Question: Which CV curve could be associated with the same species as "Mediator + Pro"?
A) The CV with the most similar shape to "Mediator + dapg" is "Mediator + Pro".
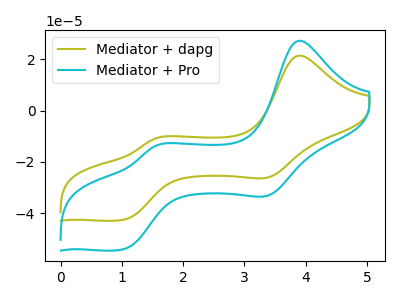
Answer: <think>The olive curve "Mediator + dapg" has anodic peaks at (3.90V, 21.50uA) (1.55V, -10.85uA) and cathodic peaks at (3.40V, -26.00uA) (1.00V, -42.60uA). The cyan curve "Mediator + Pro" has anodic peaks at (3.90V, 27.30uA) (1.55V, -13.80uA) and cathodic peaks at (3.40V, -33.00uA) (1.00V, -54.15uA).
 All the peaks in "Mediator + dapg" have a peak in "Mediator + Pro" at the same potential.</think>
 <answer>A) The CV with the most similar shape to "Mediator + dapg" is "Mediator + Pro".</answer>
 <eval>A</eval>